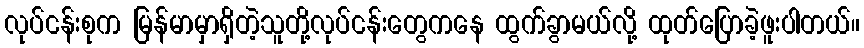
လုပ်ငန်းစုက မြန်မာမှာရှိတဲ့သူတို့လုပ်ငန်းတွေကနေ ထွက်ခွာမယ်လို့ ထုတ်ပြောခဲ့ဖူးပါတယ်။